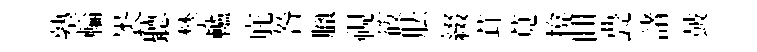
塾輪褁聽禁轤庇咎臘視筱胠綴茸莧揜囬甍諸皷